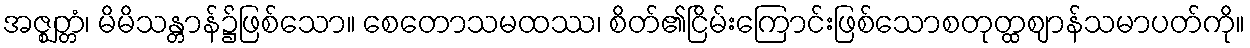
အဇ္ဈတ္တံ၊ မိမိသန္တာန်၌ဖြစ်သော။ စေတောသမထဿ၊ စိတ်၏ငြိမ်းကြောင်းဖြစ်သောစတုတ္ထဈာန်သမာပတ်ကို။